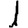
Digit: 1